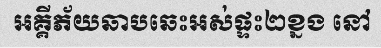
អគ្គីភ័យឆាបឆេះអស់ផ្ទះ២ខ្នង នៅ